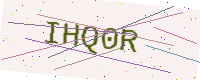
Text: IHQ0R